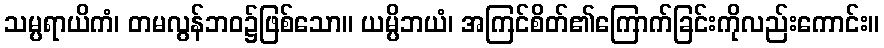
သမ္ပရာယိကံ၊ တမလွန်ဘဝ၌ဖြစ်သော။ ယမ္ပိဘယံ၊ အကြင်စိတ်၏ကြောက်ခြင်းကိုလည်းကောင်း။